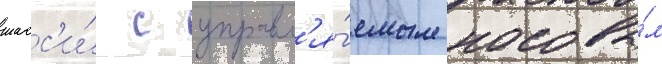
шасс'и́ с управл'я́емым носовы́м